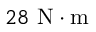
2 8 ~ \mathrm { N \cdot m }